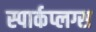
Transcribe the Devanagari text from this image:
स्पार्कप्लग्स